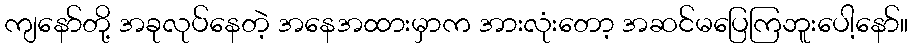
ကျနော်တို့ အခုလုပ်နေတဲ့ အနေအထားမှာက အားလုံးတော့ အဆင်မပြေကြဘူးပေါ့နော်။